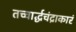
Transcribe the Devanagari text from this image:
तच्चार्द्धचंद्राकारं